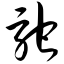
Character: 驼